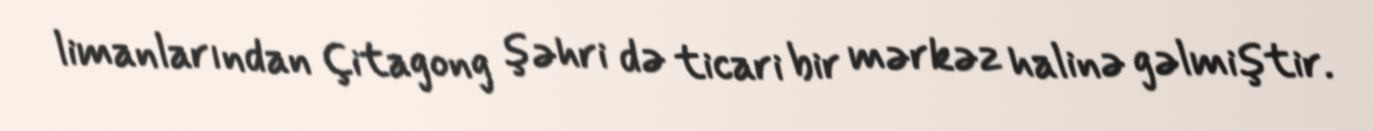
limanlarından Çitagong şəhri də ticari bir mərkəz halinə gəlmiştir.